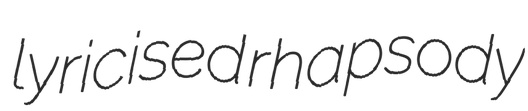
lyricised rhapsody